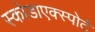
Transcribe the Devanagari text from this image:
स्कोडाएक्स्पोर्ट